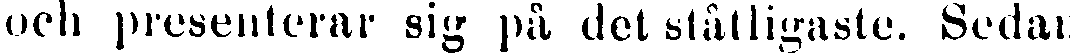
och presenterar sig på det ståtligaste. Sedan